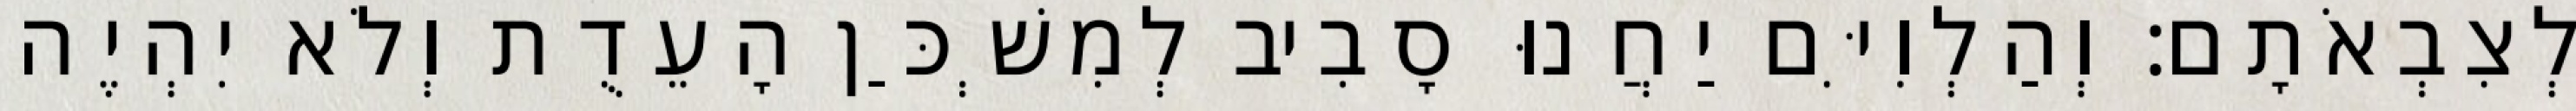
לְצִבְאֹתָם׃ וְהַלְוִיִּם יַחֲנוּ סָבִיב לְמִשְׁכַּן הָעֵדֻת וְלֹא יִהְיֶה